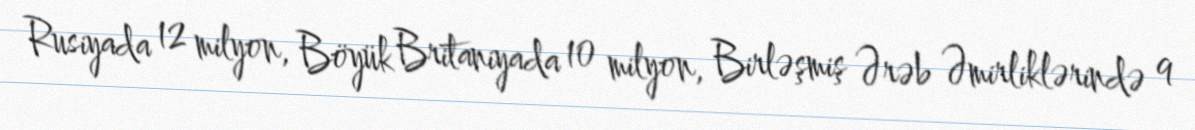
Rusiyada 12 milyon, Böyük Britaniyada 10 milyon, Birləşmiş Ərəb Əmirliklərində 9